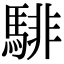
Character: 騑